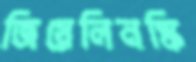
জিয়েলিনস্কি